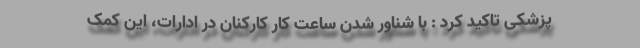
پزشکی تاکید کرد : با شناور شدن ساعت کار کارکنان در ادارات، این کمک